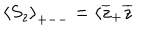
\left\langle S _ { z } \right\rangle _ { + -- } = \langle \overline { { { z } } } _ { + } \overline { { { z } } }